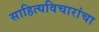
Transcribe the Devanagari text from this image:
साहित्यविचारांचा